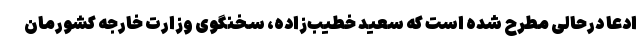
ادعا درحالی مطرح شده است که سعید خطیب‌زاده، سخنگوی وزارت خارجه کشورمان